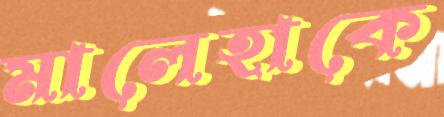
মালেহাকে